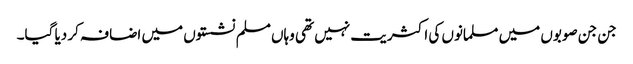
جن جن صوبوں میں مسلمانوں کی اکثریت نہیں تھی وہاں مسلم نشستوں میں اضافہ کر دیا گیا۔